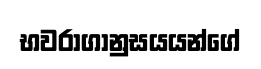
භවරාගානුසයයන්ගේ